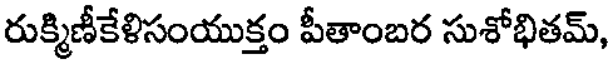
రుక్మిణీకేళిసంయుక్తం పీతాంబర సుశోభితమ్,